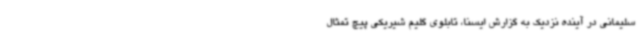
سلیمانی در آینده نزدیک به گزارش ایسنا، تابلوی گلیم شیریکی پیچ تمثال